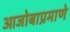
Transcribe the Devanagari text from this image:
आजोबाप्रमाणे